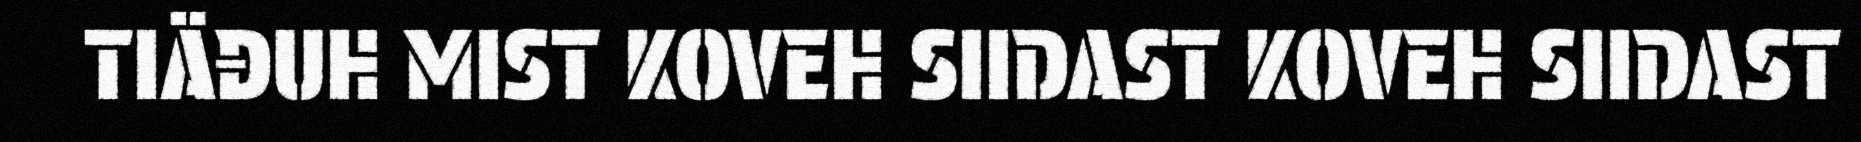
TIÄĐUH MIST KOVEH SIIDAST KOVEH SIIDAST